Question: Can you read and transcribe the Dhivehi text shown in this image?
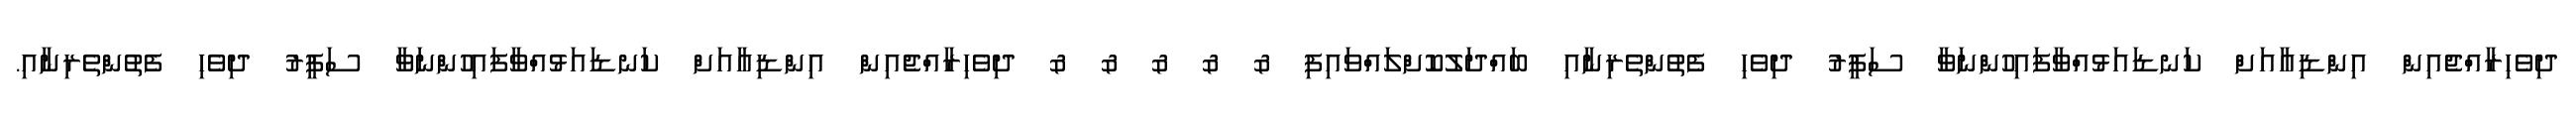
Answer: ދިވެހިރާއްޖެއިން އިންޑިއާއަށް ކަނޑައަޅުއްވާފައިހުންނަވާ ސަފީރު ދިވެހި ފެތުންތެރިނާއި ބައްދަލުކޮށްލައްވައިފި & & & & & ދިވެހިރާއްޖެއިން އިންޑިއާއަށް ކަނޑައަޅުއްވާފައިހުންނަވާ ސަފީރު ދިވެހި ފެތުންތެރިނާއި.